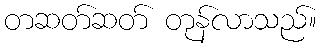
တဆတ်ဆတ် တုန်လာသည်။